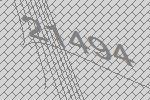
21494